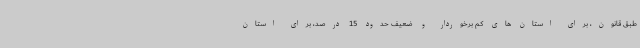
طبق قانون، برای استان های کم برخوردار و ضعیف حدود 15 درصد، برای استان